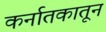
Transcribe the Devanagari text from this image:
कर्नातकातून